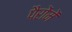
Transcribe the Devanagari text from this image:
पैरोंमें